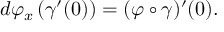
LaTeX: d \varphi _ { x } \left( \gamma ^ { \prime } ( 0 ) \right) = ( \varphi \circ \gamma ) ^ { \prime } ( 0 ) .